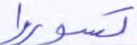
تسوروا